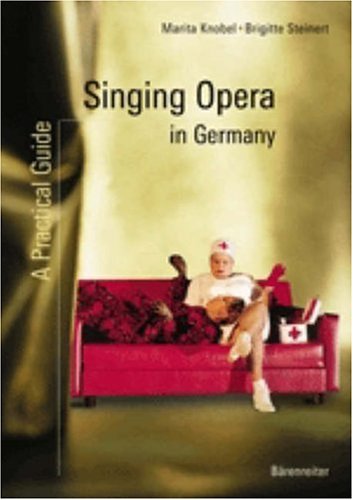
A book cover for Singing Opera in Germany: A Practical Guide; Marita Knobel; Travel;